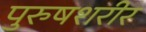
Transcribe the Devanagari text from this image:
पुरुषशरीर